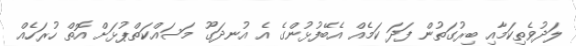
ލަދުވެތިކަމާއި ބިރުގަތުން ފަދަ ކަމެއް އެބޭފުޅުންގެ އެ އުނދަގޫ މަސައްކަތްޕުޅަށް އޮތް ހުރަހެއް